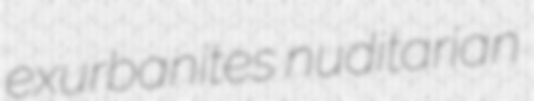
exurbanites nuditarian